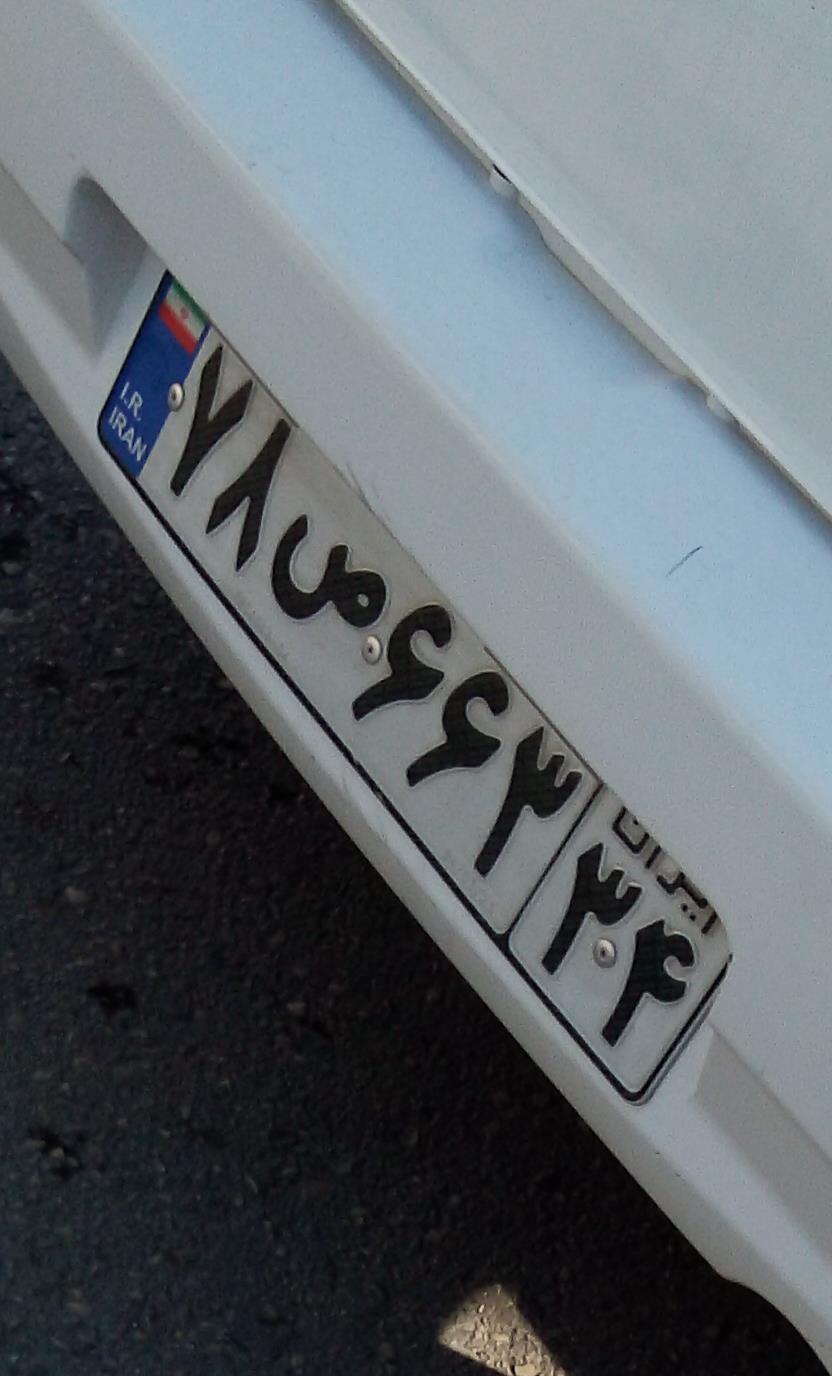
۷۸ص۶۶۳۳۴